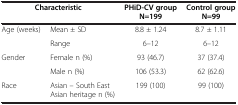
<table><thead><tr><td colspan="2"><b>Characteristic</b></td><td><b>PHiD-CV group N=199</b></td><td><b>Control group N=99</b></td></tr></thead><tbody><tr><td>Age (weeks)</td><td>Mean ± SD</td><td>8.8 ± 1.24</td><td>8.7 ± 1.11</td></tr><tr><td> </td><td>Range</td><td>6–12</td><td>6–12</td></tr><tr><td>Gender</td><td>Female n (%)</td><td>93 (46.7)</td><td>37 (37.4)</td></tr><tr><td> </td><td>Male n (%)</td><td>106 (53.3)</td><td>62 (62.6)</td></tr><tr><td>Race</td><td>Asian – South East Asian heritage n (%)</td><td>199 (100)</td><td>99 (100)</td></tr></tbody></table>